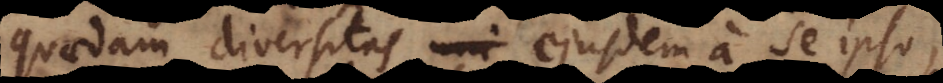
quaedam diversitas uni ejusdem a se ipso,